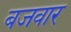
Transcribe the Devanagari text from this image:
बजवार